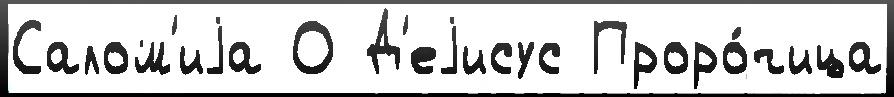
Салом'иjа О Д'еjисус Проро́чица